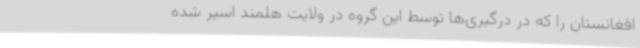
افغانستان را که در درگیری‌ها توسط این گروه در ولایت هلمند اسیر شده‌